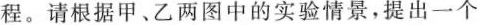
程。请根据甲、乙两图中的实验情景，提出一个